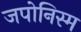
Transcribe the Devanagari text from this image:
जपोनिस्म